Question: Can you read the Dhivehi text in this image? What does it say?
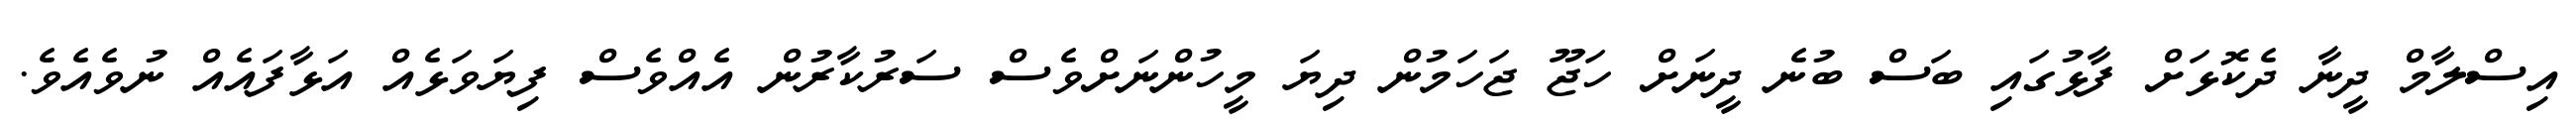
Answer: އިސްލާމް ދީނާ ދެކޮޅަށް ފާޅުގައި ބަސް ބުނެ ދީނަށް ހަޖޫ ޖަހަމުން ދިޔަ މީހުންނަށްވެސް ސަރުކާރުން އެއްވެސް ފިޔަވަޅެއް އަޅާފައެއް ނުވެއެވެ.